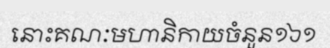
នោះគណៈមហានិកាយចំនួន១៦១